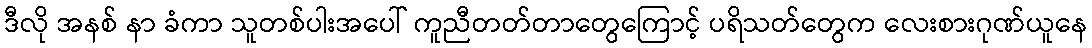
ဒီလို အနစ် နာ ခံကာ သူတစ်ပါးအပေါ် ကူညီတတ်တာတွေကြောင့် ပရိသတ်တွေက လေးစားဂုဏ်ယူနေ